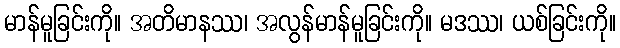
မာန်မူခြင်းကို။ အတိမာနဿ၊ အလွန်မာန်မူခြင်းကို။ မဒဿ၊ ယစ်ခြင်းကို။